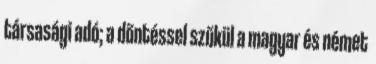
társasági adó; a döntéssel szűkül a magyar és német